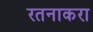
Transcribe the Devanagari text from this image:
रतनाकरा